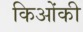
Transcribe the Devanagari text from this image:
किओंकी